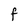
Character: F